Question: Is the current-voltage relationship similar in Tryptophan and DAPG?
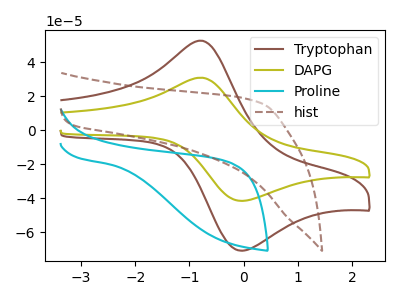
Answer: <think>The brown curve "Tryptophan" has an anodic peak at (-0.80V, 52.50uA) and a cathodic peak at (-0.05V, -70.85uA). The olive curve "DAPG" has an anodic peak at (-0.80V, 30.80uA) and a cathodic peak at (-0.05V, -41.55uA). The cyan curve "Proline" has no peaks. The brown dashed curve "hist" has no peaks.
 All the peaks in "Tryptophan" have a peak in "DAPG" at the same potential. Every peak in "Tryptophan" is higher than every peak in "DAPG".</think>
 <answer>"Tryptophan" and "DAPG" are similar in shape.</answer>
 <eval>same_shape</eval>